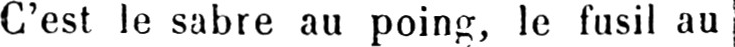
C’est le sabre au poing, le fusil au